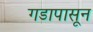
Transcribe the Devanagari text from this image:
गडापासून